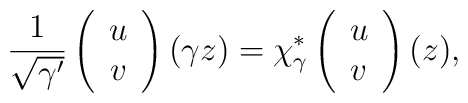
{1\over\sqrt{\gamma'}}\left(\begin{array}{c} u \\ v \end{array}\right)(\gamma z)=\chi^*_\gamma\left(\begin{array}{c} u \\ v \end{array}\right)(z),